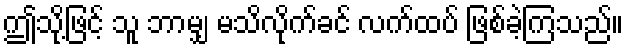
ဤသို့ဖြင့် သူ ဘာမျှ မသိလိုက်ခင် လက်ထပ် ဖြစ်ခဲ့ကြသည်။